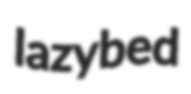
lazybed